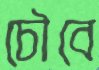
চৌবে